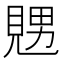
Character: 𧡇